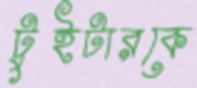
টুইটারকে